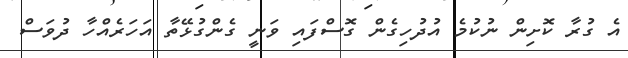
އެ ގުރާ ކޮށިން ނުކުމެ އުދުހިގެން ގޮސްފައި ވަނީ ގެންގުޅޭތާ އަހަރެއްހާ ދުވަސް